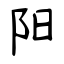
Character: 阳